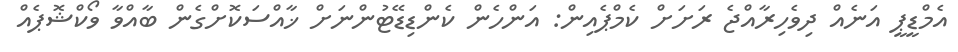
އެމްޑީޕީ އަނެއް ދިވެހިރާއްޖެ ރަށަށް ކެމްޕެއިން: އަންހެން ކެންޑިޑޭޓުންނަށް ޚާއްސަކޮށްގެން ބާއްވާ ވޯކްޝޮޕެއް